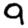
Digit: 9